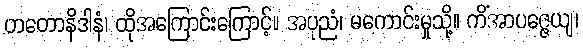
တတောနိဒါနံ၊ ထိုအကြောင်းကြောင့်။ အပုညံ၊ မကောင်းမှုသို့။ ကိံအာပဇ္ဇေယျ၊